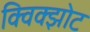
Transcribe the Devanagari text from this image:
क्विक्झोट